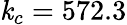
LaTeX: \mathit{k}_{c}=572.3